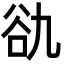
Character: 䜪